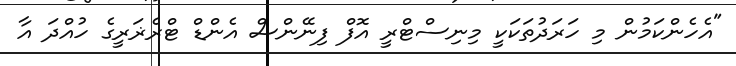
"އެހެންކަމުން މި ހަރަދުތަކަކީ މިނިސްޓްރީ އޮފް ފިނޭންސް އެންޑް ޓްރެޜަރީގެ ހުއްދަ އާ